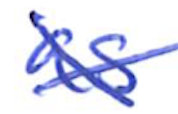
Text: as
Cross-out: mix
Writing tool: ballpoint